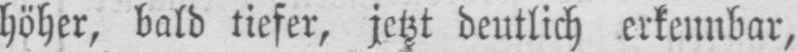
höher, bald tiefer, jetzt deutlich erkennbar,